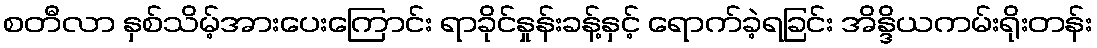
စတီလာ နှစ်သိမ့်အားပေးကြောင်း ရာခိုင်နှုန်းခန့်နှင့် ရောက်ခဲ့ရခြင်း အိန္ဒိယကမ်းရိုးတန်း